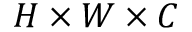
H \times W \times C